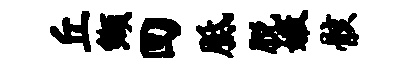
丘缬回胝脱嫩骸